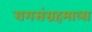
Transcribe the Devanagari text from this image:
रागसंग्रहमाला